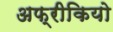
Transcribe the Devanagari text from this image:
अफ्रीकियो